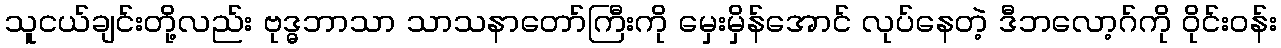
သူငယ်ချင်းတို့လည်း ဗုဒ္ဓဘာသာ သာသနာတော်ကြီးကို မှေးမှိန်အောင် လုပ်နေတဲ့ ဒီဘလော့ဂ်ကို ဝိုင်းဝန်း